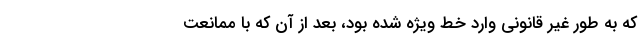
که به طور غیر قانونی وارد خط ویژه شده بود، بعد از آن که با ممانعت